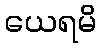
ယေရမိ